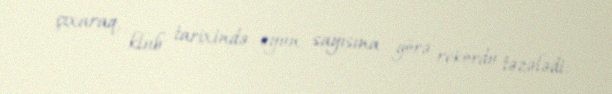
çıxaraq, klub tarixində oyun sayısına görə rekordu təzələdi.